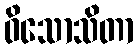
ဝိသောသိတာ